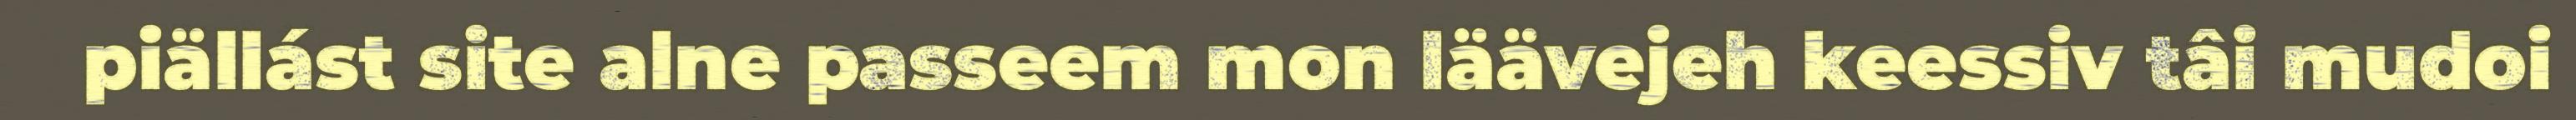
piällást site alne passeem mon läävejeh keessiv tâi mudoi